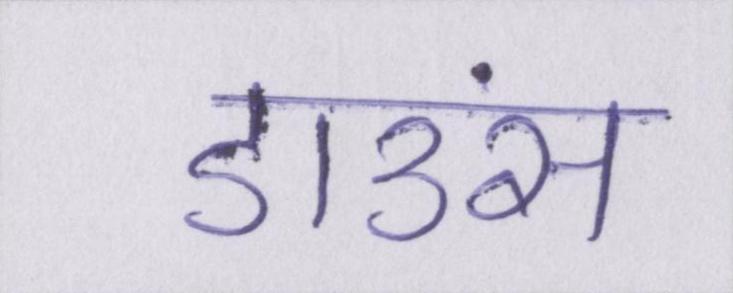
डाउंस